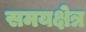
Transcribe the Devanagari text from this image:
समयक्षेत्र